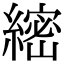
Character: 䌏